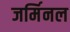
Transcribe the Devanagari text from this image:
जर्मिनल